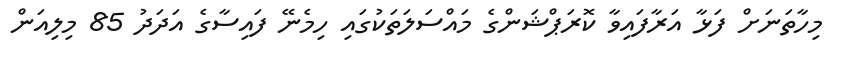
މިހާތަނަށް ފަޅާ އަރާފައިވާ ކޮރަޕްޝަންގެ މައްސަލަތަކުގައި ހިމެނޭ ފައިސާގެ އަދަދު 85 މިލިއަން